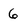
Character: 6